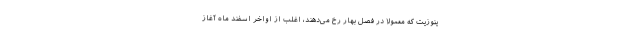
ینوزیت که معمولا در فصل بهار رخ می‌دهند، اغلب از اواخر اسفند ماه آغاز